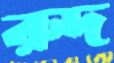
রুদ